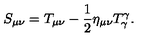
S _ { \mu \nu } = T _ { \mu \nu } - \frac { 1 } { 2 } \eta _ { \mu \nu } T _ { \gamma } ^ { \gamma } .